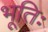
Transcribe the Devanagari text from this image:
भूतिः